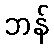
ဘန်